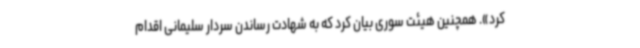
کرد». همچنین هیئت سوری بیان کرد که به شهادت رساندن سردار سلیمانی اقدام